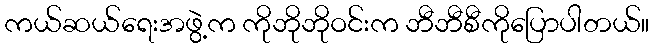
ကယ်ဆယ်ရေးအဖွဲ့က ကိုဘိုဘိုဝင်းက ဘီဘီစီကိုပြောပါတယ်။